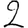
Digit: 2